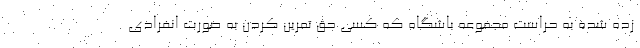
زده شده به حراست مجموعه باشگاه که کسی حق تمرین کردن به صورت انفرادی